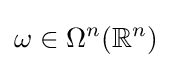
\omega \in \Omega ^{n}(\mathbb {R} ^{n})